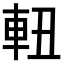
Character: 𨋀